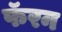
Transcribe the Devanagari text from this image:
फॅरन